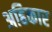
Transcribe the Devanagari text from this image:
अहिकार